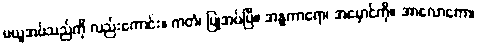
မယူအပ်သည်ကို လည်းကောင်း။ ကတံ၊ ပြုအပ်ပြီ။ အန္ဓကာရော၊ အမှောင်ကို။ အာလောကော၊